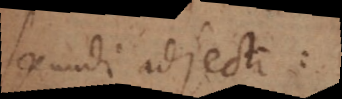
secundi adjecti: